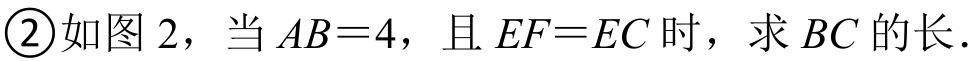
\textcircled{2}如图 2，当\(AB = 4\)，且\(EF = EC\)时，求\(BC\)的长.